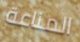
المناعة